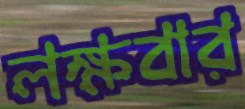
লক্ষবার